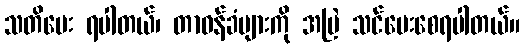
သတိပေး ရပါတယ်၊ တာဝန်ခံများကို အမြဲ သင်ပေးစေရပါတယ်။